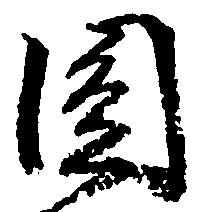
円